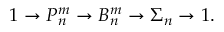
1 \to P _ { n } ^ { m } \to B _ { n } ^ { m } \to \Sigma _ { n } \to 1 .